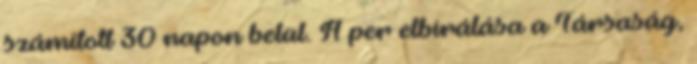
számított 30 napon belül. A per elbírálása a Társaság,